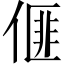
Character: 𠌨